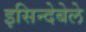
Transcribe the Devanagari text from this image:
इसिन्देबेले